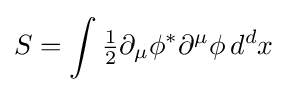
S=\int {\tfrac {1}{2}}\partial _{\mu }\phi ^{*}\partial ^{\mu }\phi \,d^{d}x